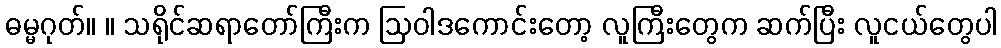
ဓမ္မဂုတ်။ ။ သရိုင်ဆရာတော်ကြီးက ဩဝါဒကောင်းတော့ လူကြီးတွေက ဆက်ပြီး လူငယ်တွေပါ